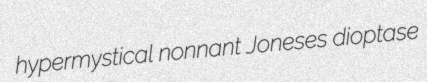
hypermystical nonnant Joneses dioptase